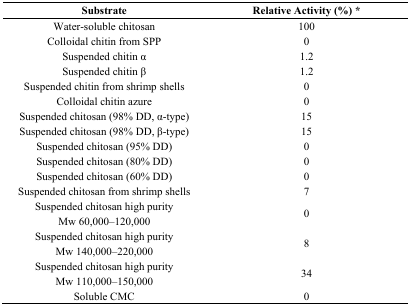
<table><thead><tr><td><b>Substrate</b></td><td><b>Relative Activity (%) *</b></td></tr></thead><tbody><tr><td>Water-soluble chitosan</td><td>100</td></tr><tr><td>Colloidal chitin from SPP</td><td>0</td></tr><tr><td>Suspended chitin α</td><td>1.2</td></tr><tr><td>Suspended chitin β</td><td>1.2</td></tr><tr><td>Suspended chitin from shrimp shells</td><td>0</td></tr><tr><td>Colloidal chitin azure</td><td>0</td></tr><tr><td>Suspended chitosan (98% DD, α-type)</td><td>15</td></tr><tr><td>Suspended chitosan (98% DD, β-type)</td><td>15</td></tr><tr><td>Suspended chitosan (95% DD)</td><td>0</td></tr><tr><td>Suspended chitosan (80% DD)</td><td>0</td></tr><tr><td>Suspended chitosan (60% DD)</td><td>0</td></tr><tr><td>Suspended chitosan from shrimp shells</td><td>7</td></tr><tr><td>Suspended chitosan high purity Mw 60,000–120,000</td><td>0</td></tr><tr><td>Suspended chitosan high purity Mw 140,000–220,000</td><td>8</td></tr><tr><td>Suspended chitosan high purity Mw 110,000–150,000</td><td>34</td></tr><tr><td>Soluble CMC</td><td>0</td></tr></tbody></table>